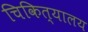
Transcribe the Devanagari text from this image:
चिकित्यालय